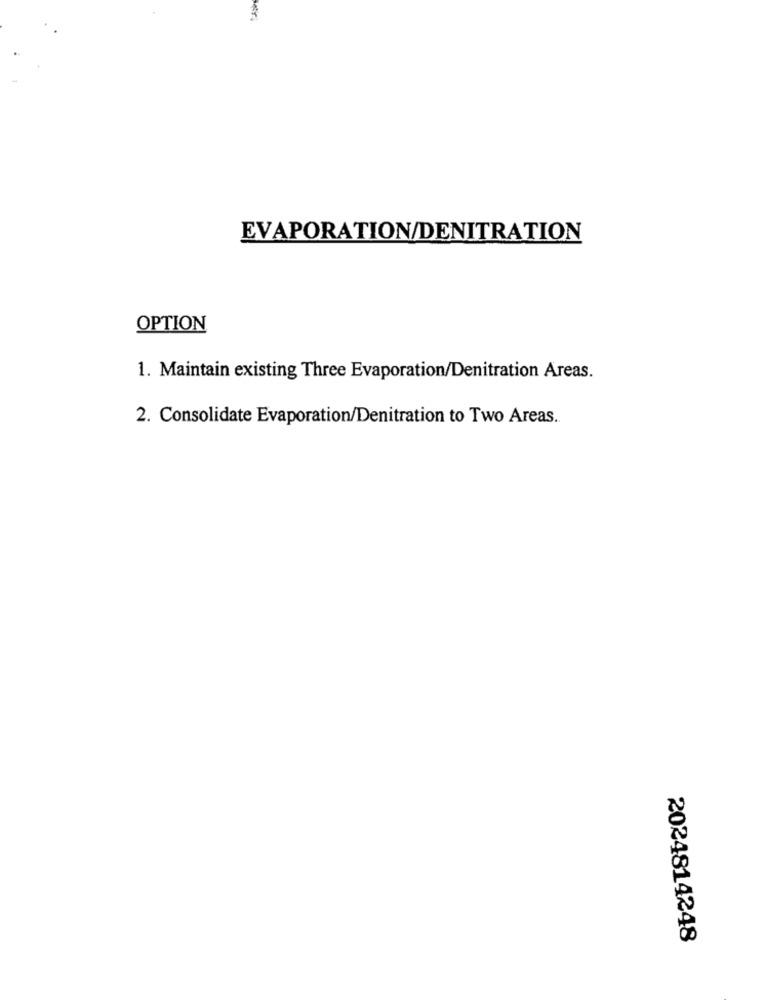
EVAPORATION/DENITRATION
OPTION
1. Maintain existing Three Evaporation/Denitration Areas.
2. Consolidate Evaporation/Denitration to Two Areas.
2024814248